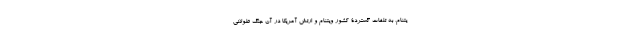
یتنام، به تلفات گستردۀ کشور ویتنام و ارتش آمریکا در آن جنگ طولانی